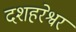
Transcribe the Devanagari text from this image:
दशहरेश्वर